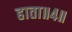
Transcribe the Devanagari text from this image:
हाता॥४॥